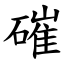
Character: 磪